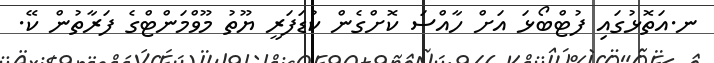
ނ.އަތޮޅުގައި ފުޓްބޯޅަ އަށް ހާއްސަ ކޮށްގެން ކުޑަފަރީ ޔޫތު މޫވްމަންޓްގެ ފަރާތުން ކޭ.